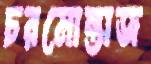
চরমোন্তাজ